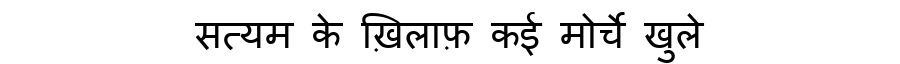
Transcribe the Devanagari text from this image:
सत्यम के ख़िलाफ़ कई मोर्चे खुले